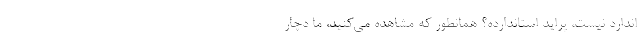
اندارد نیست، پراید استاندارده؟ همانطور که مشاهده می‌کنید، ما دچار